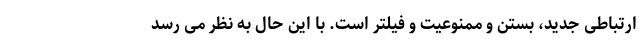
ارتباطی جدید، بستن و ممنوعیت و فیلتر است. با این حال به نظر می رسد